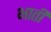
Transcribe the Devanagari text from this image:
भातीं